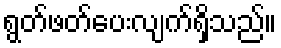
ရွတ်ဖတ်ပေးလျက်ရှိသည်။